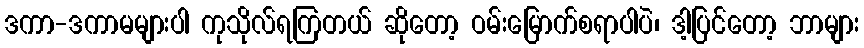
ဒကာ-ဒကာမများပါ ကုသိုလ်ရကြတယ် ဆိုတော့ ဝမ်းမြောက်စရာပါပဲ၊ ဒါ့ပြင်တော့ ဘာများ